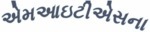
એમઆઇટીએસના